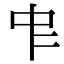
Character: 𠁦